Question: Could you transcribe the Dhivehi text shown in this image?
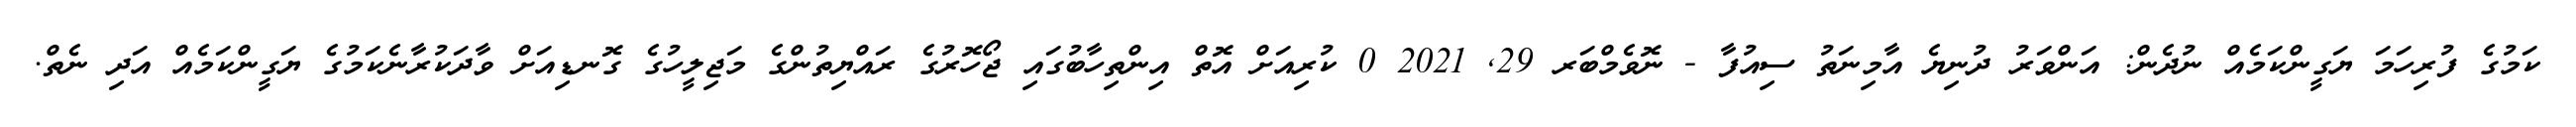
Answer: ކަމުގެ ފުރިހަމަ ޔަގީންކަމެއް ނުދެން: އަންވަރު ދުނިޔެ އާމިނަތު ސިއުފާ - ނޮވެމްބަރ 29, 2021 0 ކުރިއަށް އޮތް އިންތިހާބުގައި ޖޯހޮރުގެ ރައްޔިތުންގެ މަޖިލީހުގެ ގޮނޑިއަށް ވާދަކުރާނެކަމުގެ ޔަގީންކަމެއް އަދި ނެތް.